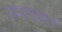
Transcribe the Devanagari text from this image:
छपाईदार